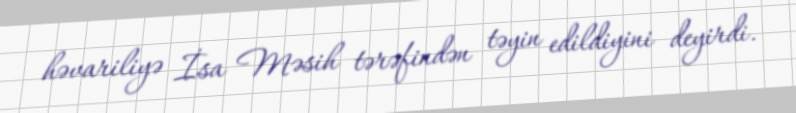
həvariliyə İsa Məsih tərəfindən təyin edildiyini deyirdi.